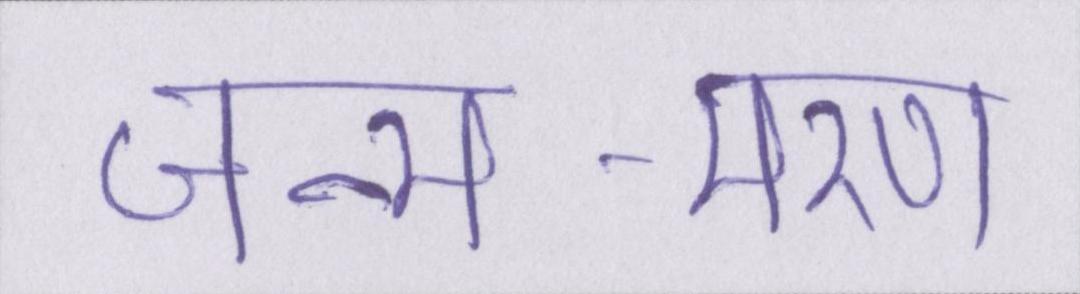
जन्म-मरण